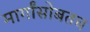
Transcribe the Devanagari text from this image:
मार्गांसोबतच